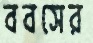
ববসের